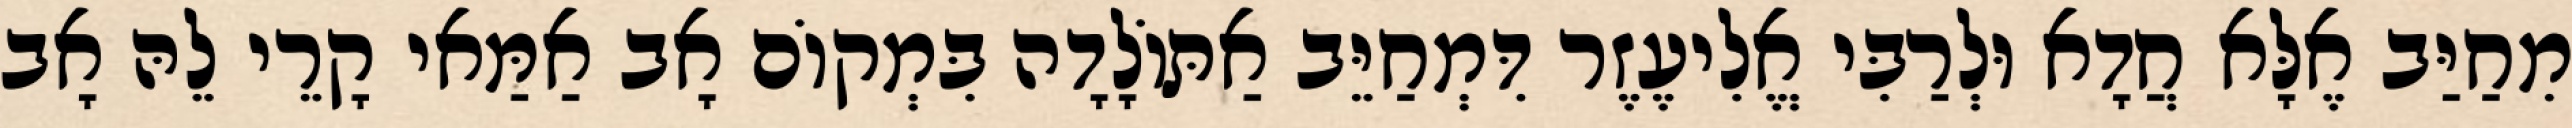
מִחַיַּב אֶלָּא חֲדָא וּלְרַבִּי אֱלִיעֶזֶר דִּמְחַיֵּב אַתּוֹלָדָה בִּמְקוֹם אָב אַמַּאי קָרֵי לֵהּ אָב